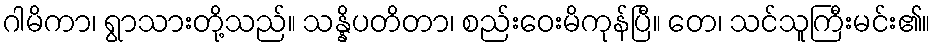
ဂါမိကာ၊ ရွာသားတို့သည်။ သန္နိပတိတာ၊ စည်းဝေးမိကုန်ပြီ။ တေ၊ သင်သူကြီးမင်း၏။